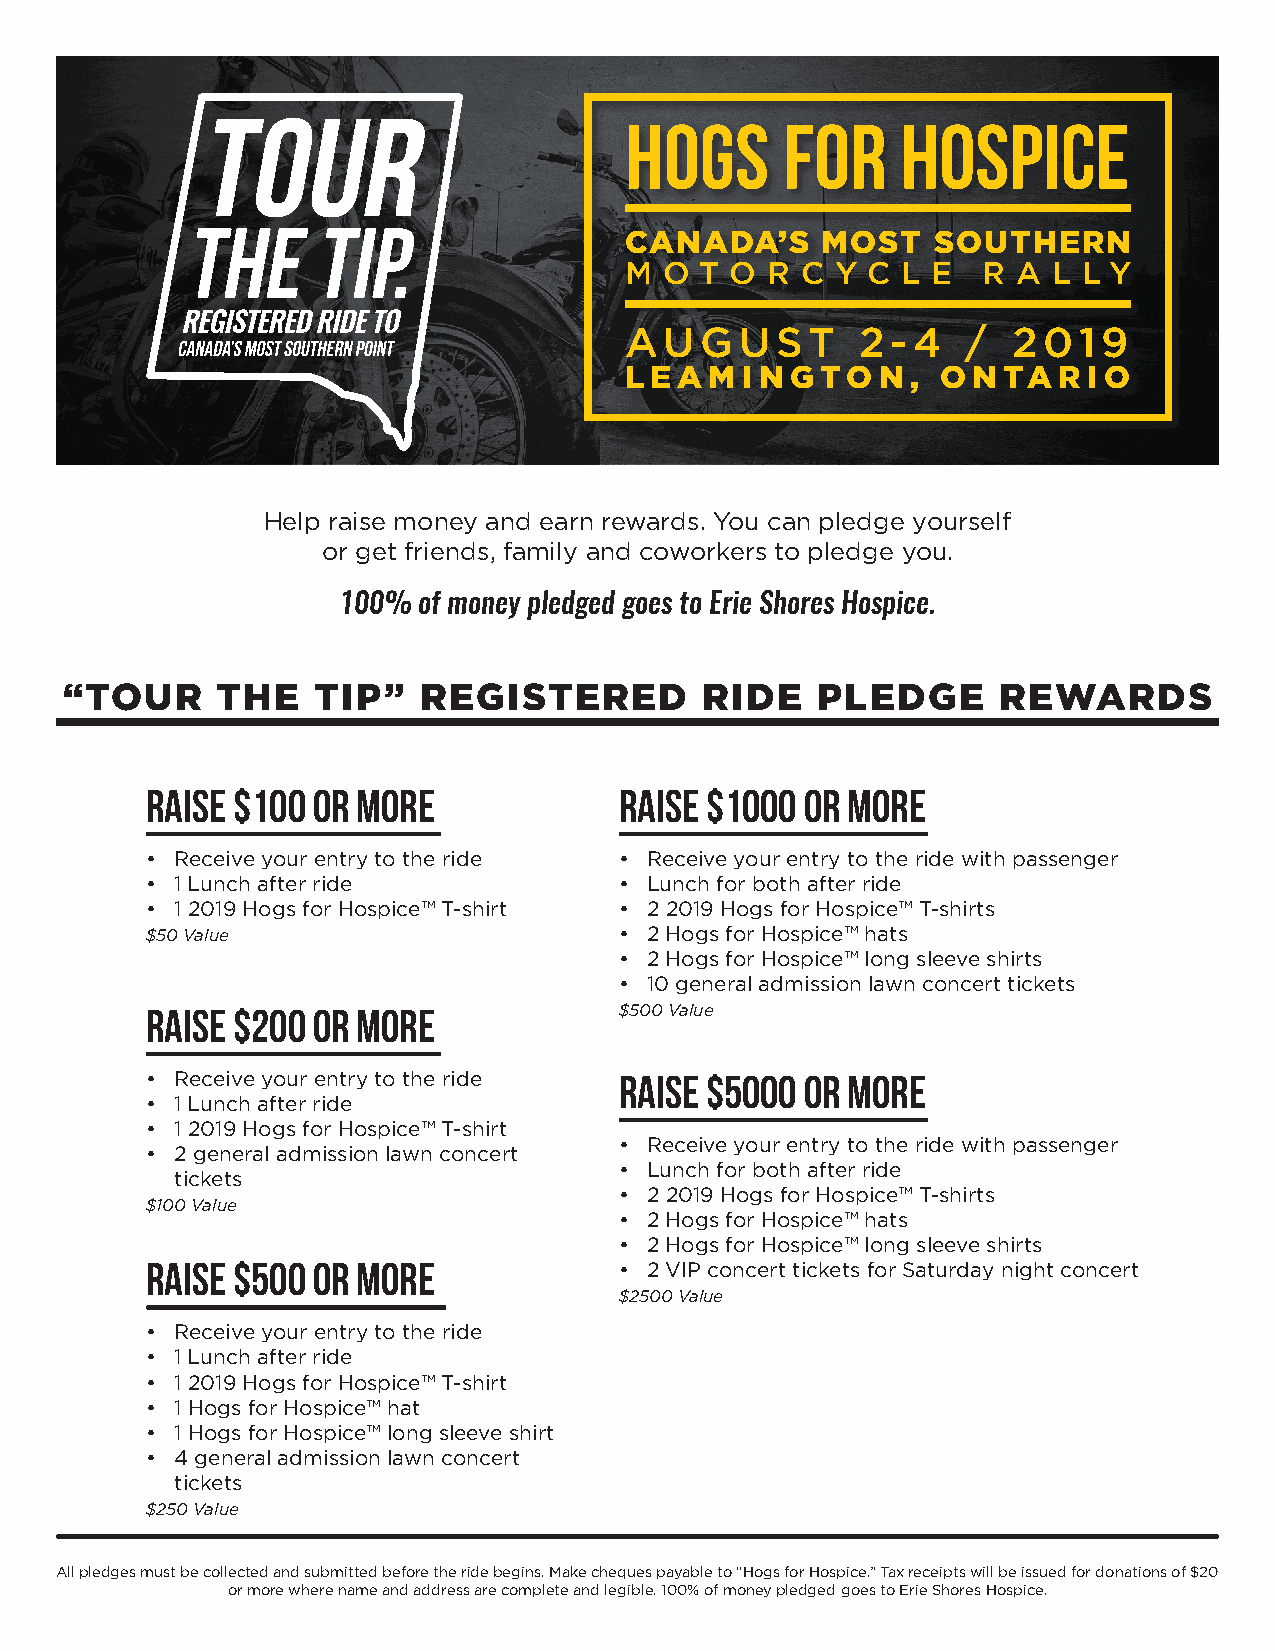
Hogs       for     Hospice
 CANADA’S     MOST    SOUTHERN
 M  O T O  R C Y C  L E  R A  L L Y
 AUGUST          2-4    /  2019
 L E A M I N GTO  N , O N TA  R I O
 Help raise money and earn rewards. You can pledge yourself
 or get friends, family and coworkers to pledge you.
 100%  of money pledged goes to Erie Shores Hospice.
 “TOUR     THE    TIP”   REGISTERED        RIDE    PLEDGE      REWARDS
 RAISE $100 OR MORE             RAISE $1000 OR MORE
 • Receive your entry to the ride • Receive your entry to the ride with passenger
 • 1 Lunch after ride           • Lunch for both after ride
 • 1 2019 Hogs for Hospice™ T-shirt • 2 2019 Hogs for Hospice™ T-shirts
 $50 Value                      • 2 Hogs for Hospice™ hats
 • 2 Hogs for Hospice™ long sleeve shirts
 • 10 general admission lawn concert tickets
 RAISE $200 OR MORE             $500 Value
 • Receive your entry to the ride RAISE $5000 OR MORE
 • 1 Lunch after ride
 • 1 2019 Hogs for Hospice™ T-shirt
 • Receive your entry to the ride with passenger
 • 2 general admission lawn concert
 • Lunch for both after ride
 tickets
 • 2 2019 Hogs for Hospice™ T-shirts
 $100 Value
 • 2 Hogs for Hospice™ hats
 • 2 Hogs for Hospice™ long sleeve shirts
 RAISE $500 OR MORE             • 2 VIP concert tickets for Saturday night concert
 $2500 Value
 • Receive your entry to the ride
 • 1 Lunch after ride
 • 1 2019 Hogs for Hospice™ T-shirt
 • 1 Hogs for Hospice™ hat
 • 1 Hogs for Hospice™ long sleeve shirt
 • 4 general admission lawn concert
 tickets
 $250 Value
 All pledges must be collected and submitted before the ride begins. Make cheques payable to “Hogs for Hospice.” Tax receipts will be issued for donations of $20
 or more where name and address are complete and legible. 100% of money pledged goes to Erie Shores Hospice.